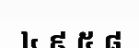
៤ ៩ ៥ ៨